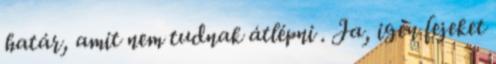
határ, amit nem tudnak átlépni . Ja, igen fejeket